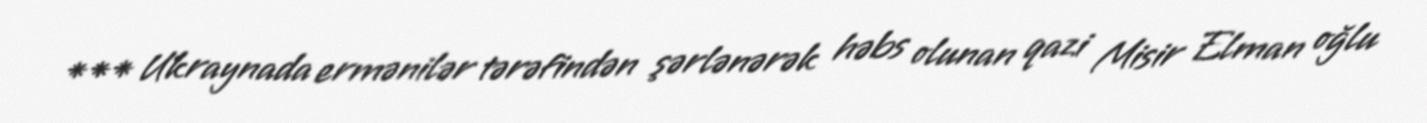
*** Ukraynada ermənilər tərəfindən şərlənərək həbs olunan qazi Misir Elman oğlu